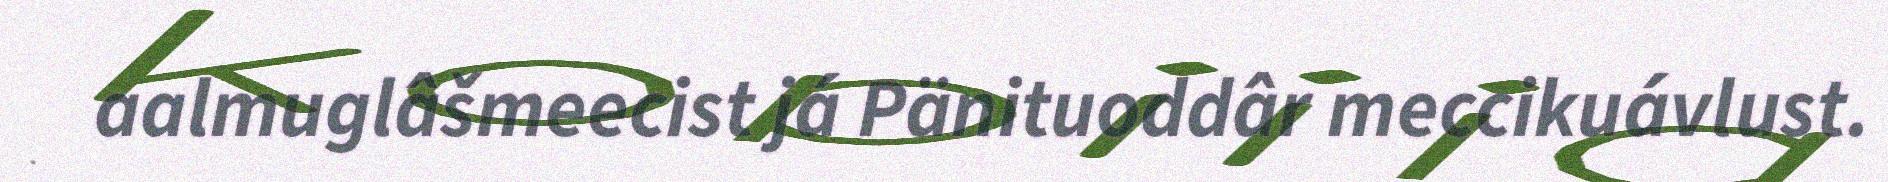
aalmuglâšmeecist já Pänituoddâr meccikuávlust.